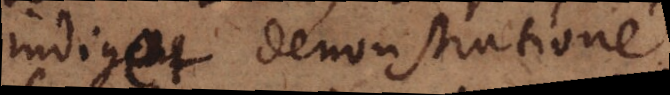
indiget demonstratione